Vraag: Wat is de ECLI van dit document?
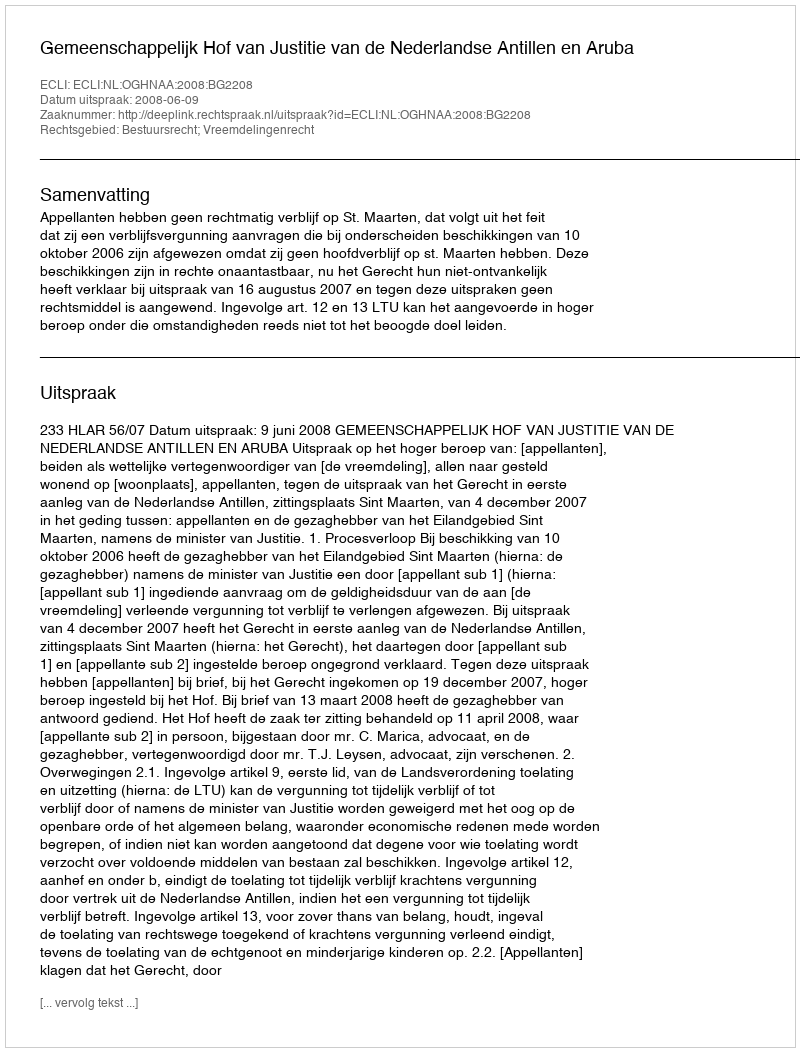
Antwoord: ECLI:NL:OGHNAA:2008:BG2208